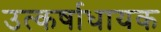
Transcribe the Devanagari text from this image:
उत्कर्षाधायक